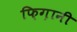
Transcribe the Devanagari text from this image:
फ़िग़ानी